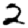
Digit: 2